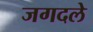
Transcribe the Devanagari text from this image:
जगदले